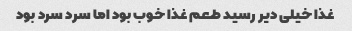
غذا خیلی دیر رسید طعم غذا خوب بود اما سرد سرد بود